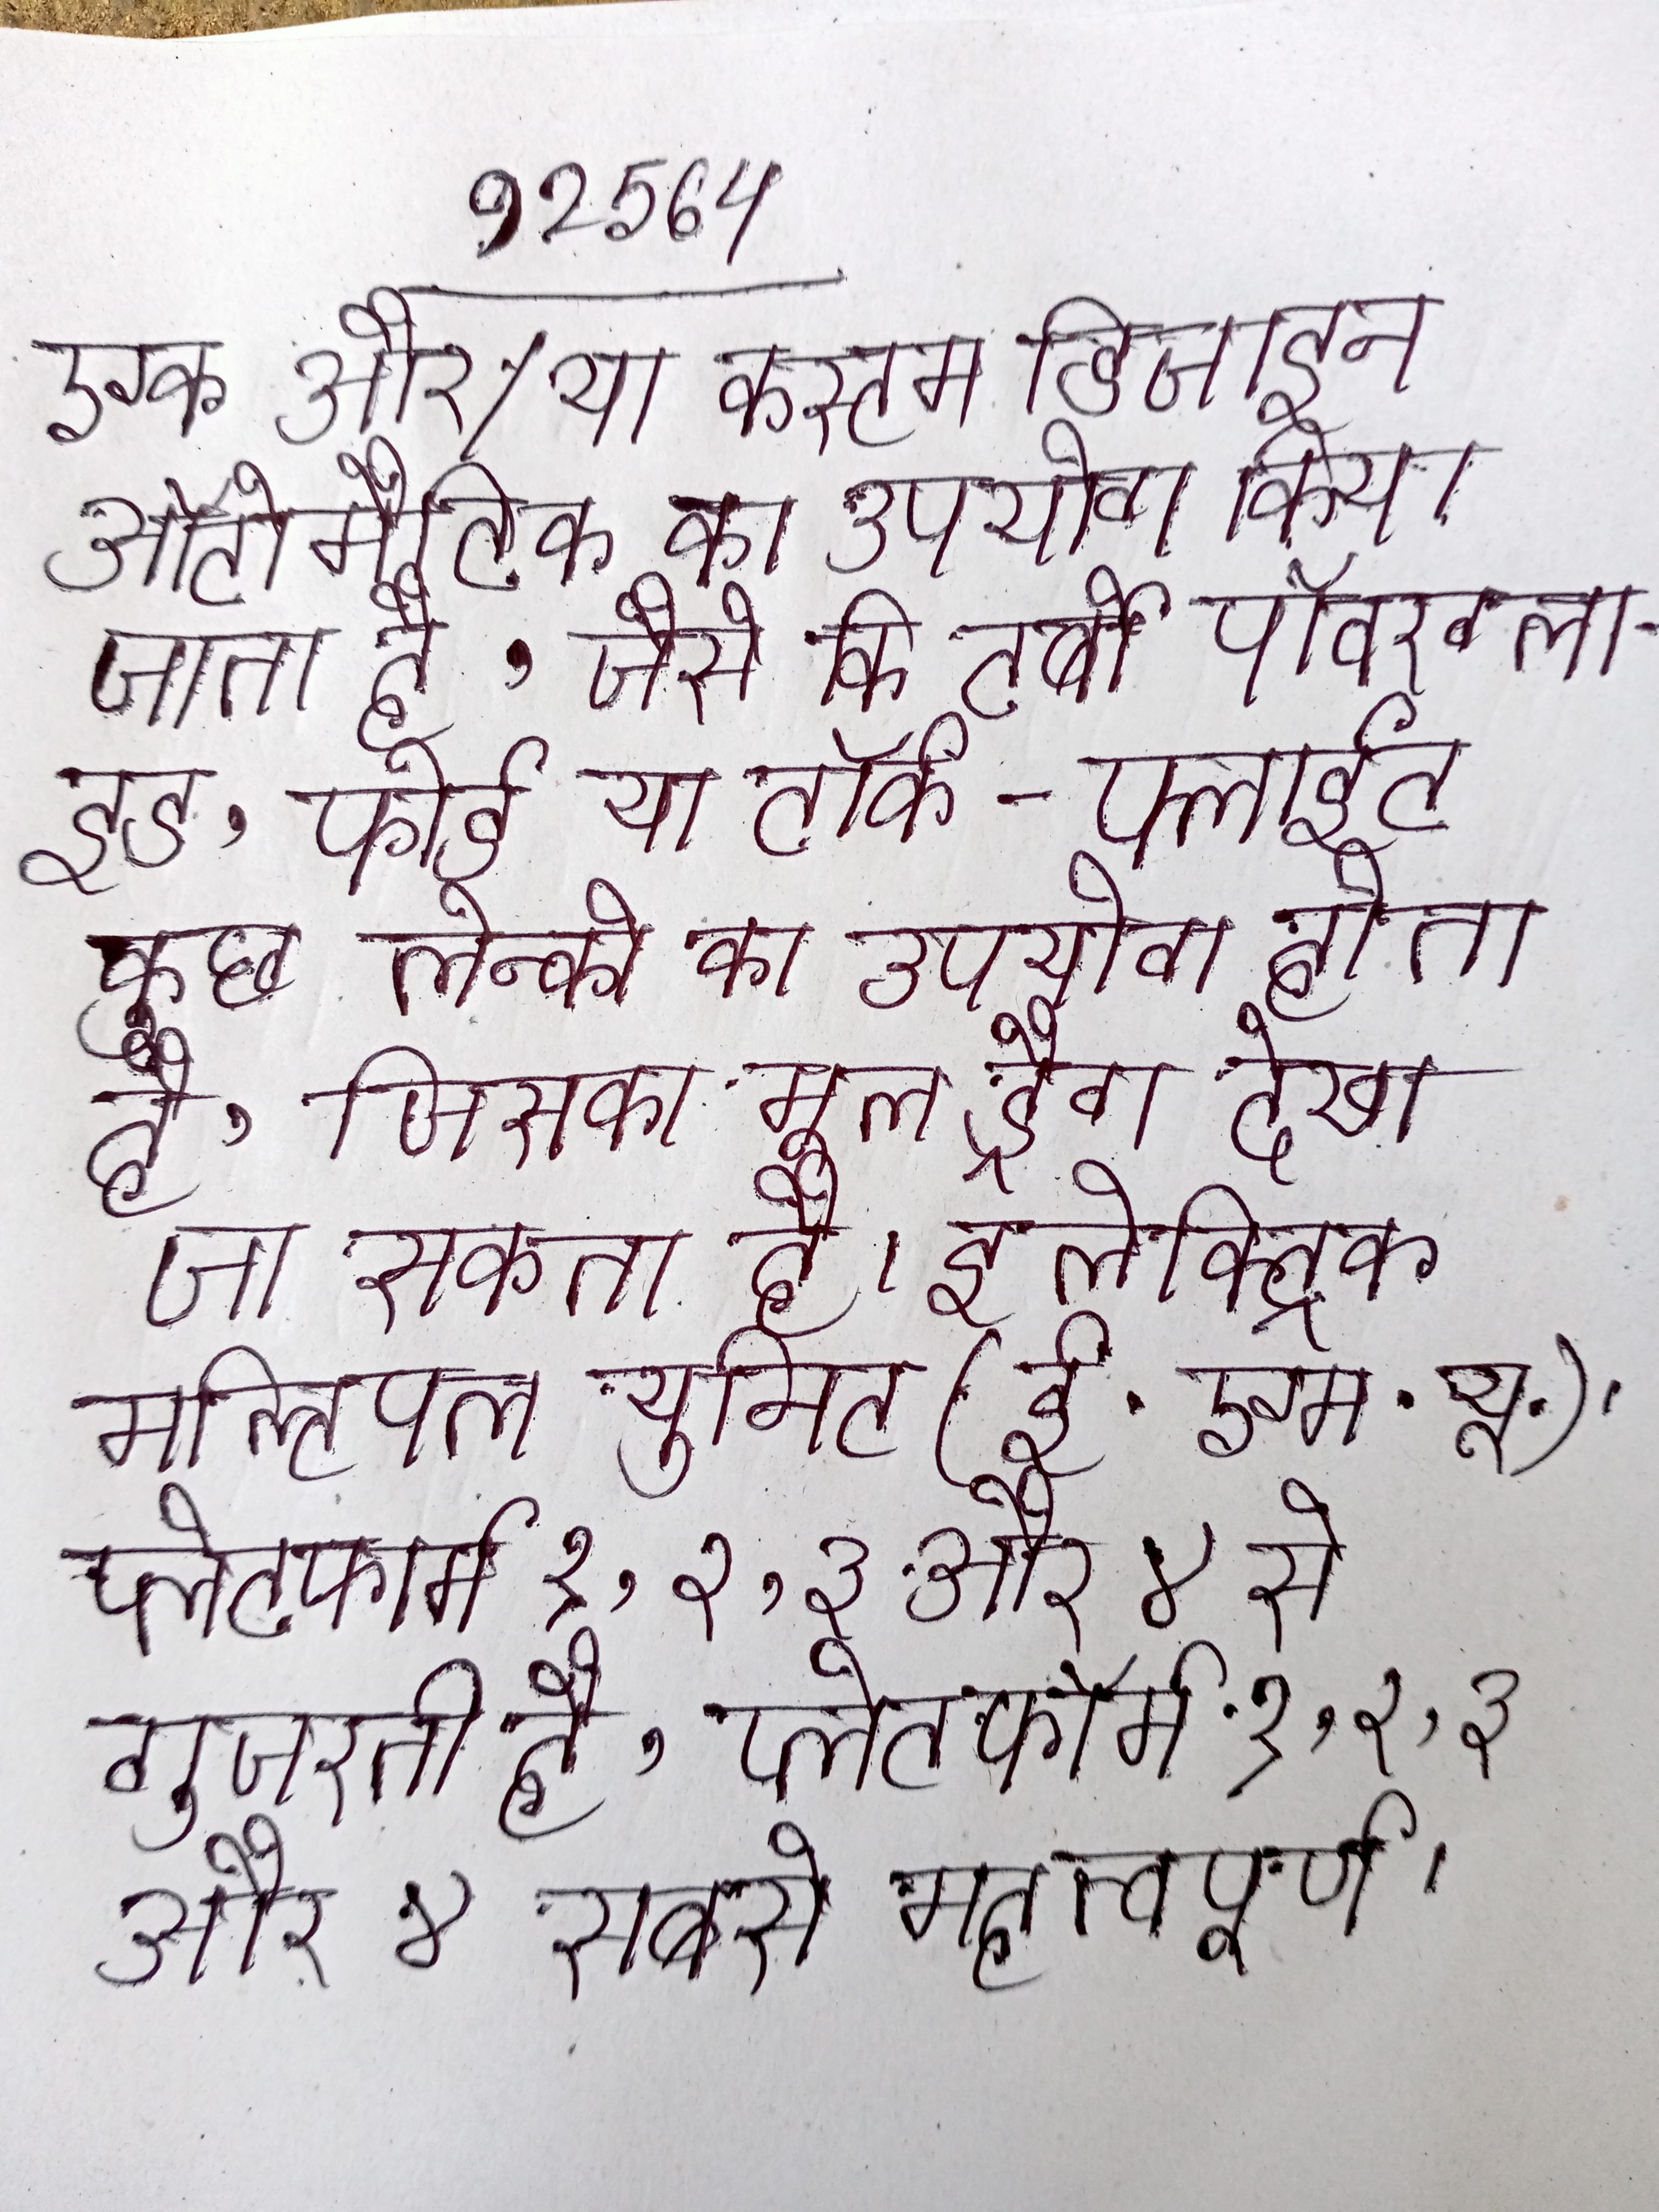
एक और/या कस्टम डिजाइन ऑटोमैटिक का उपयोग किया जाता है, जैसे कि टर्बो पॉवरग्लाइड, फोर्ड या टॉर्क-फ्लाईट कुछ लेन्को का उपयोग होता है, जिसका मूल ड्रैग देखा जा सकता है । इलेक्ट्रिक मल्टिपल युनिट (ई.एम.यू.) । प्लेटफार्म १, २, ३ और ४ से गुजरती है, प्लेटफॉर्म १, २, ३ और ४ सबसे महत्वपूर्ण ।